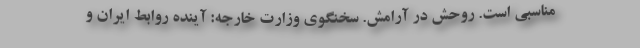
مناسبی است. روحش در آرامش. سخنگوی وزارت خارجه: آینده روابط ایران و